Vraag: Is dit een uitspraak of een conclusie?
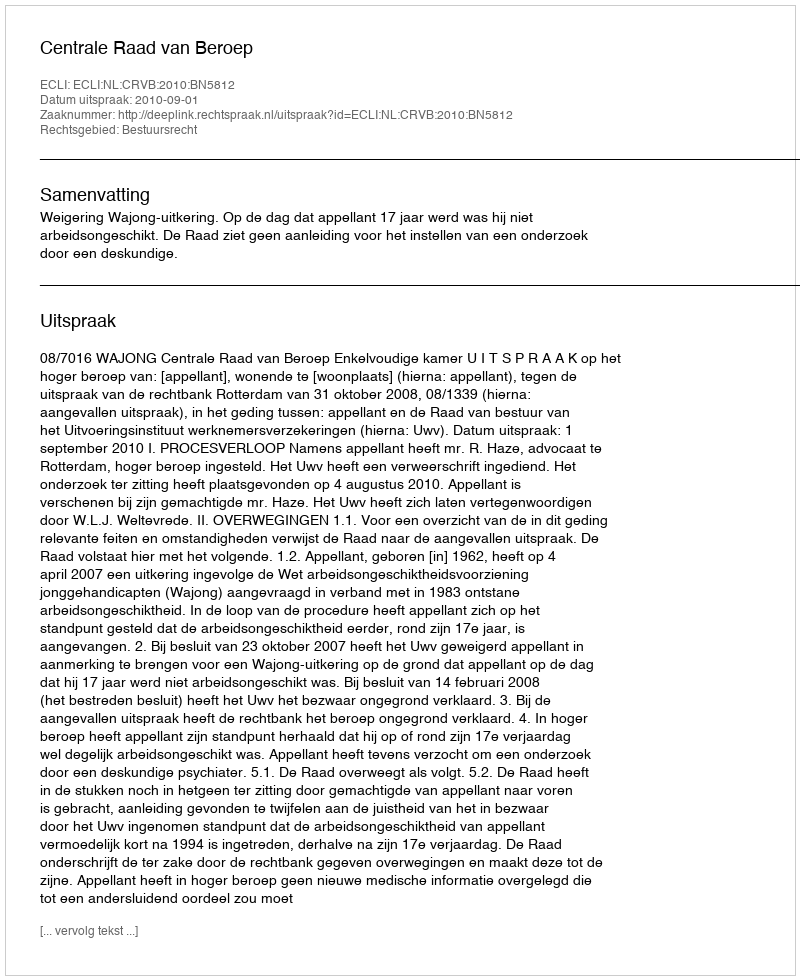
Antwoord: Uitspraak